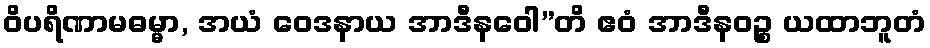
ဝိပရိဏာမဓမ္မာ, အယံ ဝေဒနာယ အာဒီနဝေါ”တိ ဧဝံ အာဒီနဝဉ္စ ယထာဘူတံ